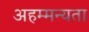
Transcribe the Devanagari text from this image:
अहम्मन्यता